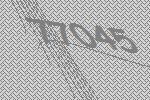
77045